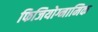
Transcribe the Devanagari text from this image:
फिजियोग्नामिक